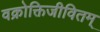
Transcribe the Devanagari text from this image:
वक्रोक्तिजीवितम्